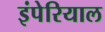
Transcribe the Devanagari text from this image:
इंपेरियाल